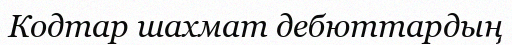
Кодтар шахмат дебюттардың